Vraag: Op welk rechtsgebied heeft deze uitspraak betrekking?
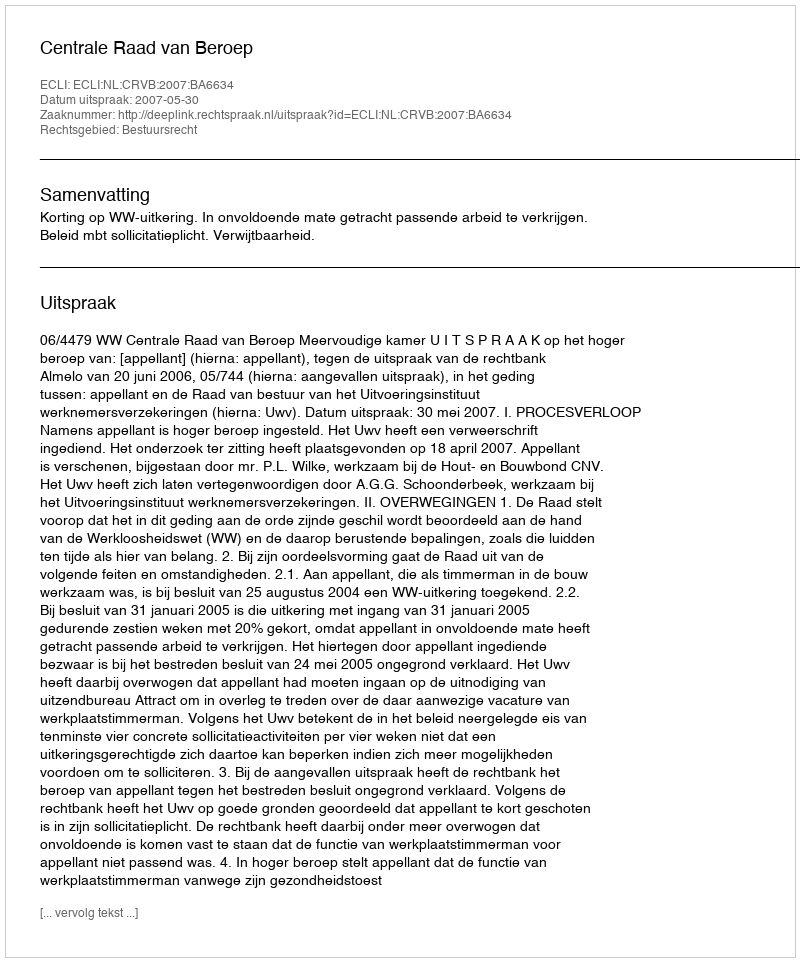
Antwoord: Bestuursrecht